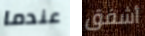
عندما أشفق